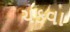
ચકવા